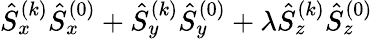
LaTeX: \hat{S}_{x}^{(k)}\hat{S}_{x}^{(0)}+\hat{S}_{y}^{(k)}\hat{S}_{y}^{(0)}+\lambda\hat{S}_{z}^{(k)}\hat{S}_{z}^{(0)}